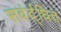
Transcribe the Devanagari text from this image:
सवंर्द्धित